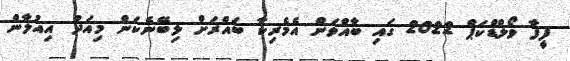
ފީފާ ވޯލްޑްކަޕް 2022 ގައި ބާއްވަން އެމެރިކާ ބައްރަށް ލިބޭނެކަން މިއަދު އިއުލާން